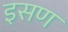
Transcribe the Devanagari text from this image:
इसण